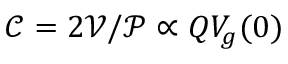
\mathcal { C } = 2 \mathcal { V } / \mathcal { P } \propto Q V _ { g } ( 0 )